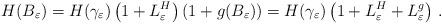
LaTeX: \begin{align*}H(B_\varepsilon)=H(\gamma_\varepsilon)\left(1+L^H_\varepsilon \right)(1+g(B_\varepsilon))=H(\gamma_\varepsilon)\left(1+L^H_\varepsilon+L^g_\varepsilon \right)\,.\end{align*}